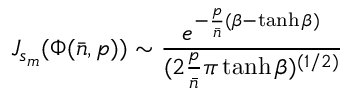
J _ { s _ { m } } ( \Phi ( { \bar { n } } , p ) ) \sim { \frac { e ^ { - { \frac { p } { \bar { n } } } ( \beta - \operatorname { t a n h } \beta ) } } { ( 2 { \frac { p } { \bar { n } } } \pi \operatorname { t a n h } \beta ) ^ { ( 1 / 2 ) } } }